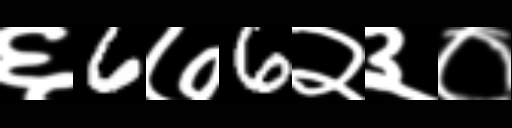
Text: ६6७6२३०